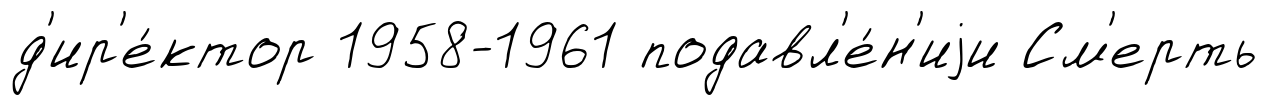
д'ир'е́ктор 1958-1961 подавл'е́н'иjи См'ерть